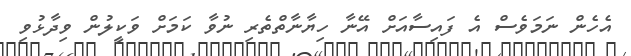
އެހެން ނަމަވެސް އެ ފައިސާއަށް އޭނާ ހިޔާނާތްތެރި ނުވާ ކަމަށް ވަކީލުން ވިދާޅުވި